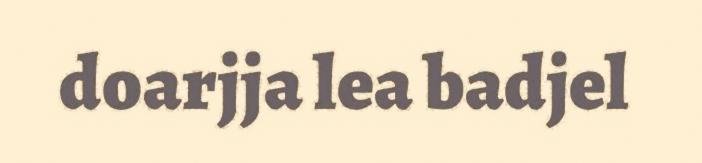
doarjja lea badjel